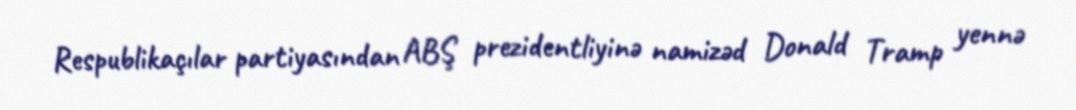
Respublikaçılar partiyasından ABŞ prezidentliyinə namizəd Donald Tramp yennə